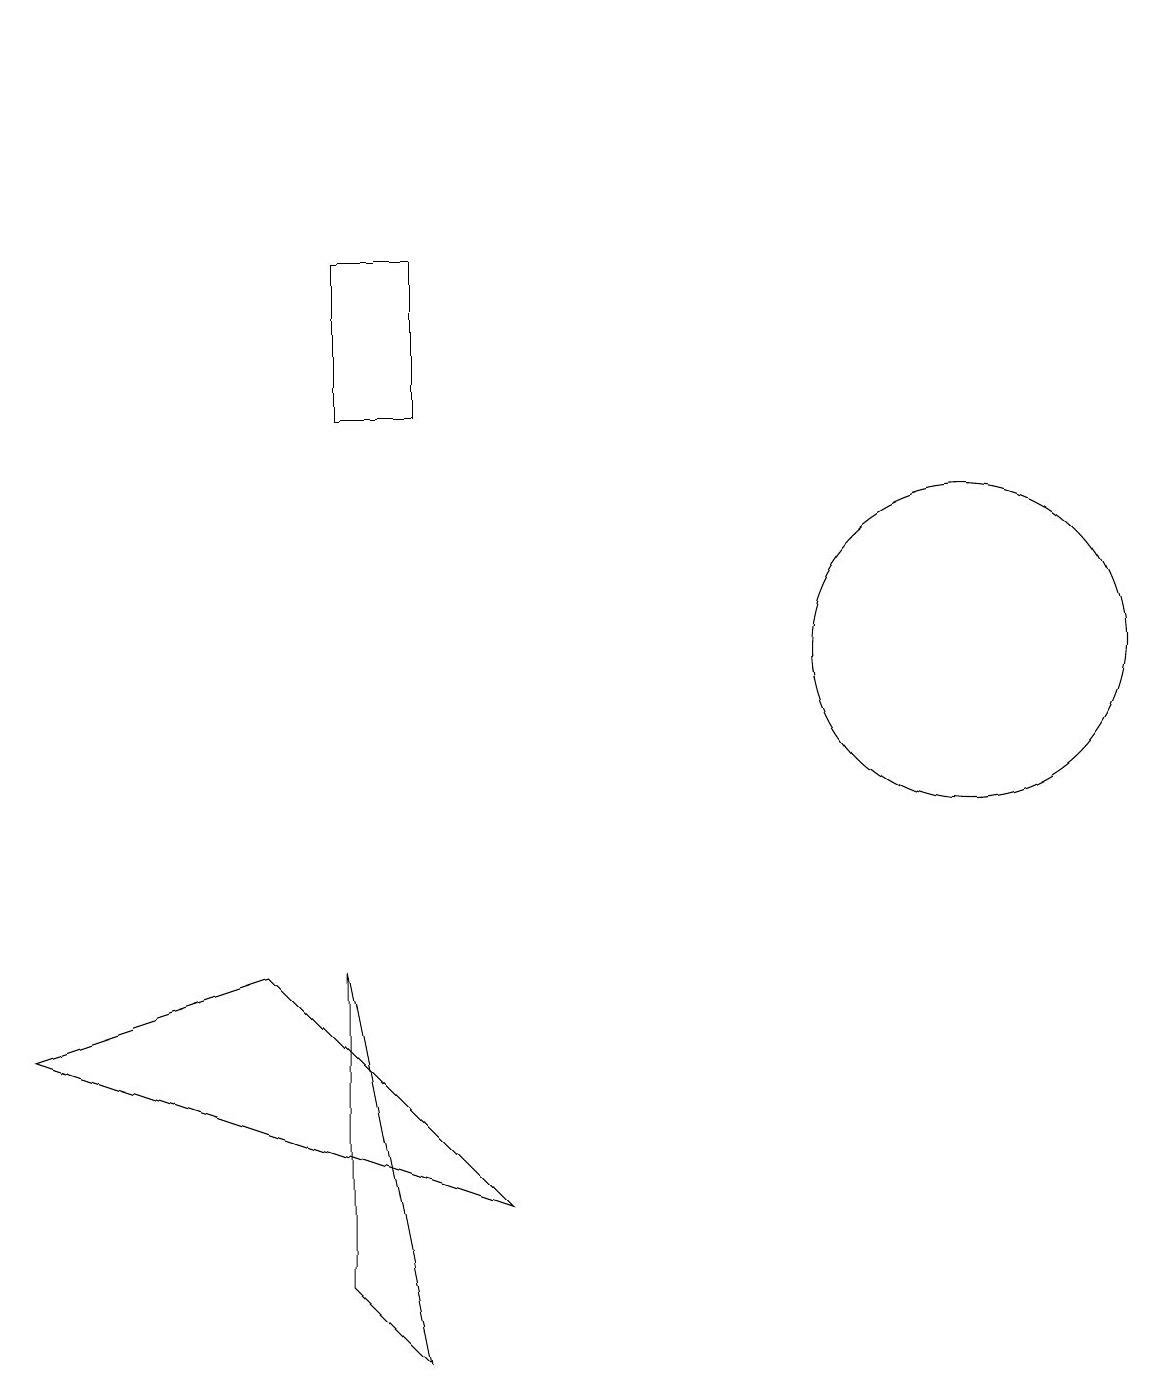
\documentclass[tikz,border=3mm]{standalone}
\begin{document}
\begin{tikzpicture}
\draw (1,19) rectangle (1,19);
\draw (5,2) -- (4,7) -- (4,3) -- cycle;
\draw (0,6) -- (3,7) -- (6,4) -- cycle;
\draw (12,11) circle (2);
\draw (4,14) rectangle (5,16);
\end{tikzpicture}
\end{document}